NAE_ERA_R-30_Eesti_Riiklik_Spordiamet, lk 58
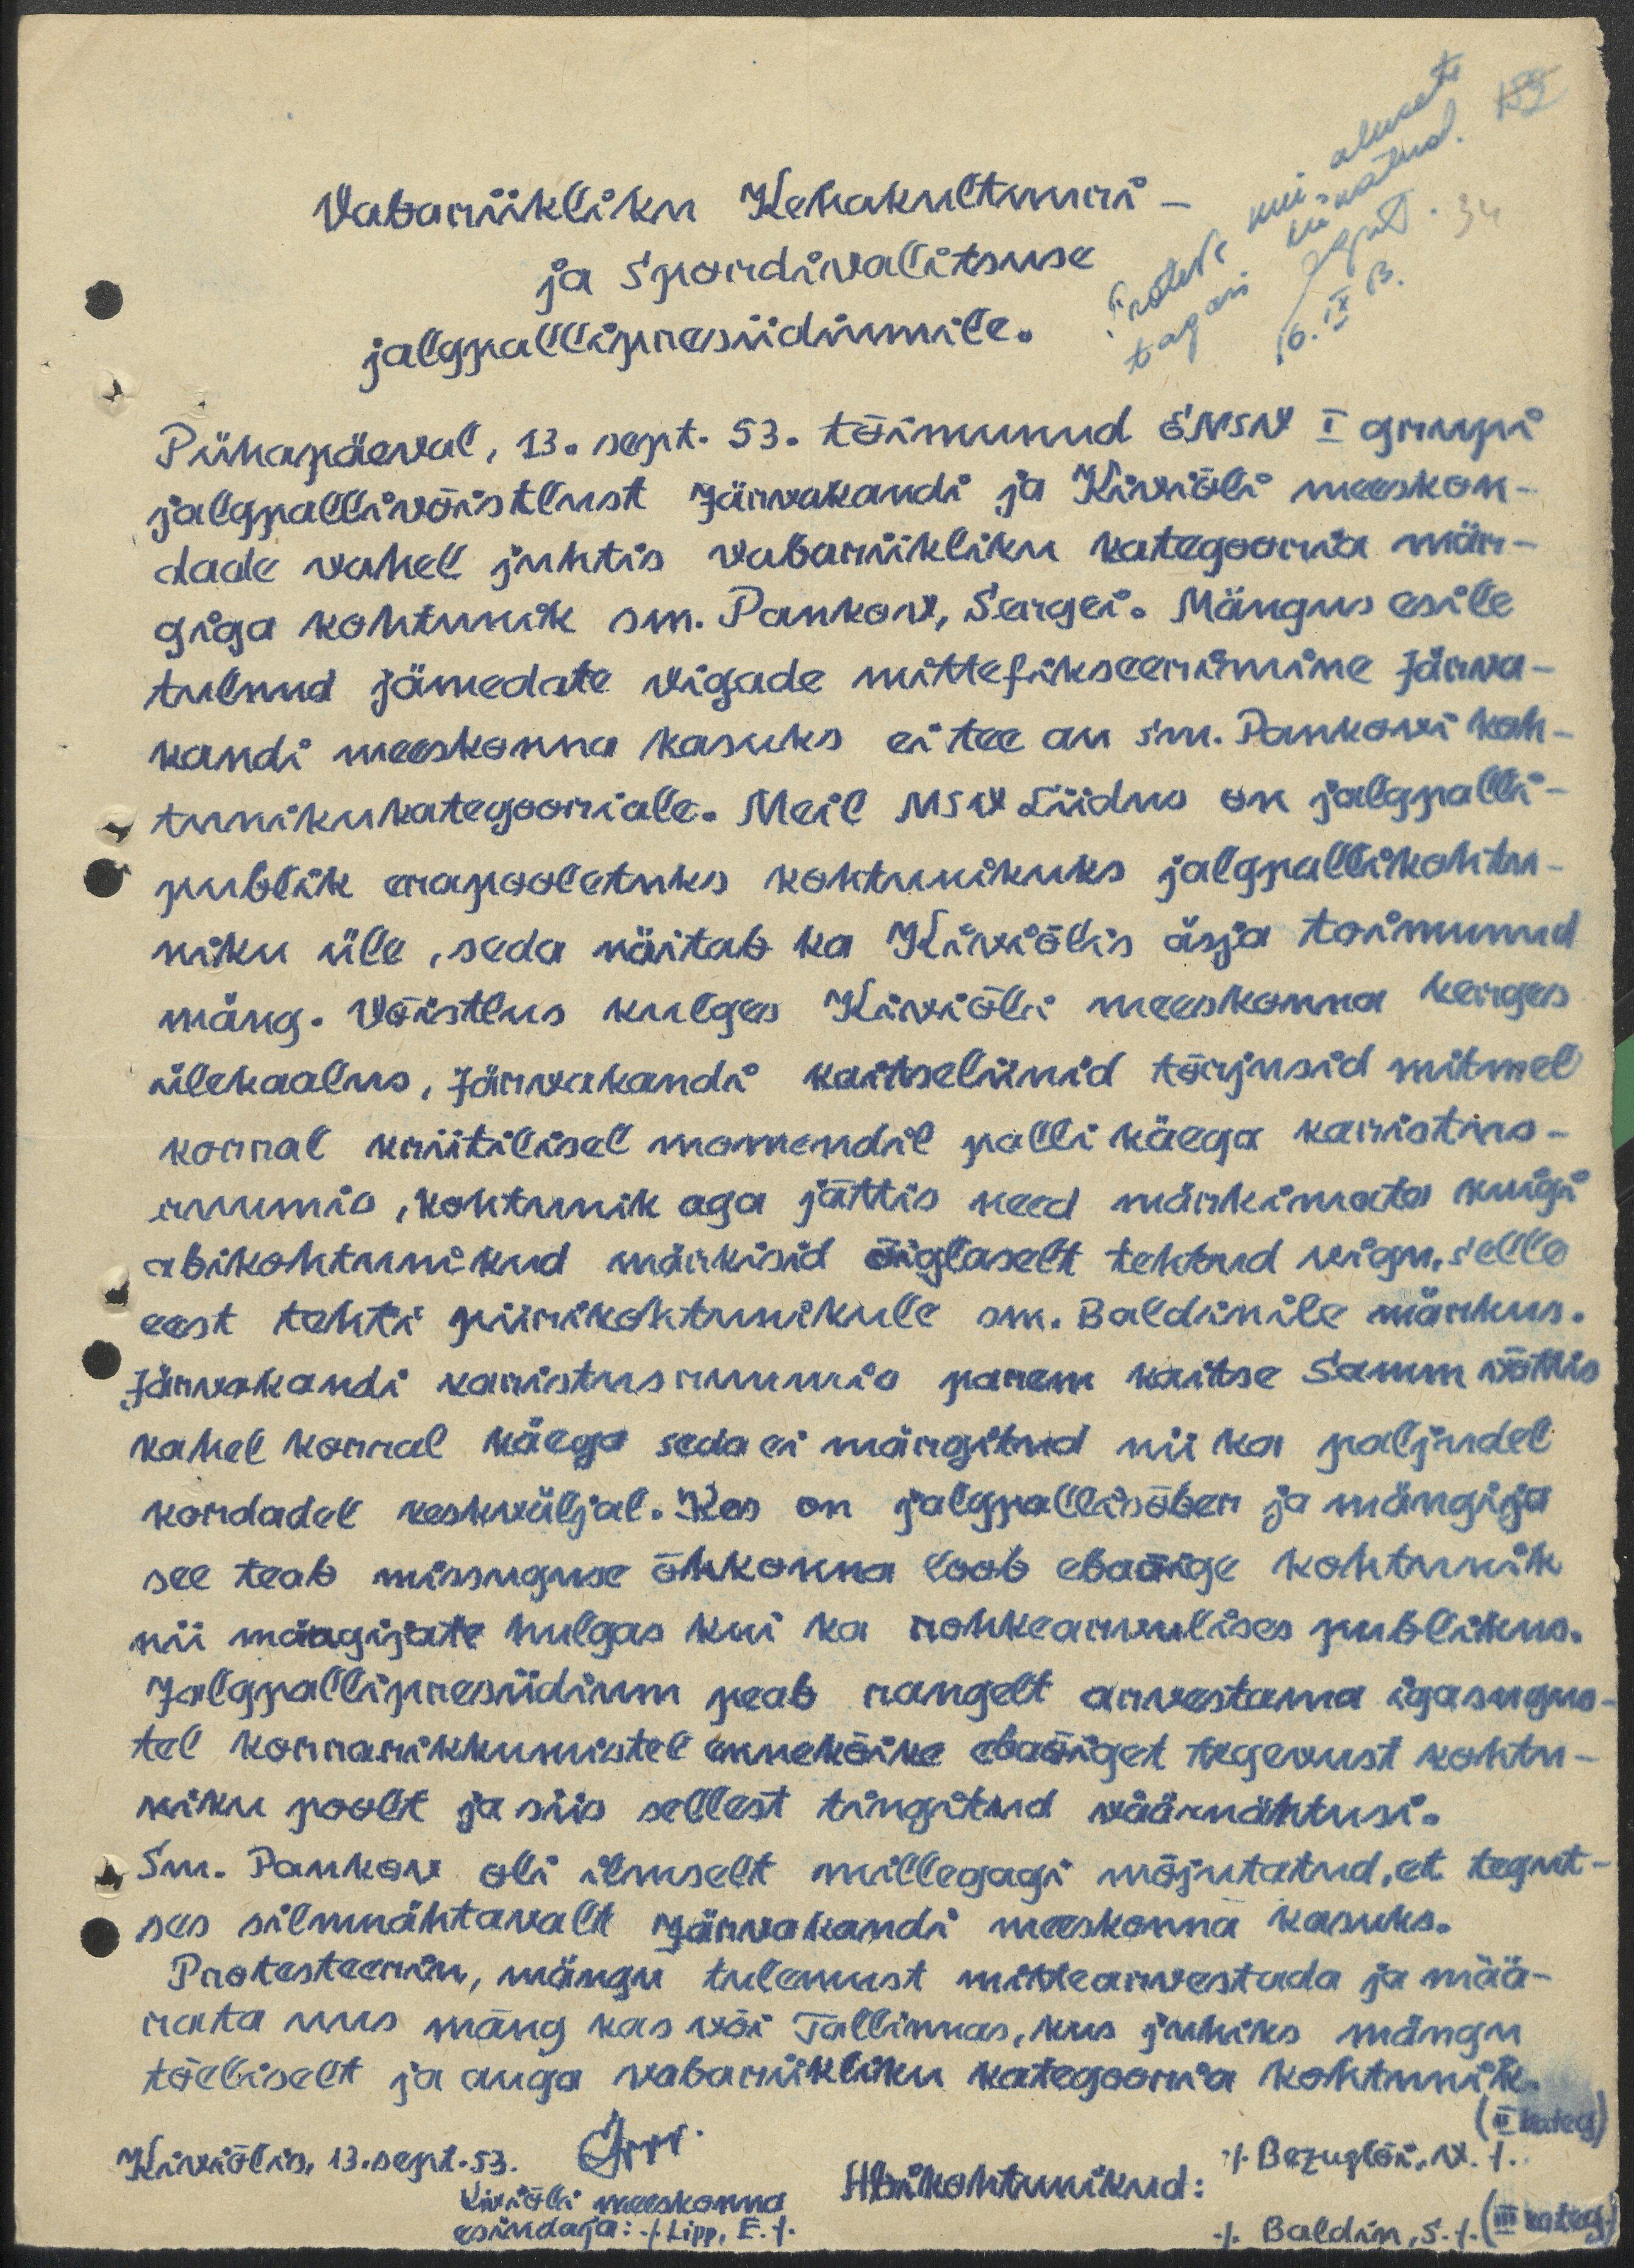
152
Vabariikliku Kehakultuuri-
34
ja Spordivalitsuse
jalgpallipresiidiumile.
Pühapäeval, 13. sept. 53. toimunud ENSV I grupi
jalgpallivõistlust Järvakandi ja Kiviõli meeskon-
dade vahel juhtis vabariikliku kategooria mär-
giga kohtunik sm. Pankov, Sergei. Mängus esile
tulnud jämedate vigade mittefikseerimine Järva-
kandi meeskonna kasuks ei tee au sm. Pankovi koh-
tunikukategooriale. Meil NSV Liidus on jalgpalli-
publik erapooletuks kohtunikuks jalgpallikohtu-
niku üle, seda näitab ka Kiviõlis äsja toimunud
mäng. Võistlus kulgas Kiviõli meeskonna kerges
ülekaalus, Järvakandi kaitseliinid tõrjusid mitmel
korral kriitilisel momendil palli käega karistus-
ruumis, kohtunik aga jättis need märkimata kuigi
abikohtunikud märkisid õiglaselt tehtud vigu, selle
eest tehti piirikohtunikule sm. Baldinile märkus.
Järvakandi karistusruumis parem kaitse Samm võttis
kahel korral käega seda ei märgitud nii ka paljudel
kordadel keskväljal. Kes on jalgpallisõber ja mängija
see teab missuguse õhkonna loob ebaõige kohtunik
nii mängijate hulgas kui ka rohkearvulises publikus.
Jalgpallipresiidium peab rangelt arvestama igasugus-
tel korrarikkumistel ennekõike ebaõiget tegevust kohtu-
niku poolt ja siis sellest tingitud väärnähtusi.
Sm. Pankov oli ilmselt millegagi mõjutatud, et tegut-
ses silmnähtavalt Järvakandi meeskonna kasuks.
Protesteerin, mängu tulemust mittearvestada ja mää-
rata uus mäng kas või Tallinnas, kus juhiks mängu
tõeliselt ja auga vabariikliku kategooria kohtunik.
II kateg)
Kiviõlis, 13.sept.53.
(Bezuglõi, N)
Abikohtunikud:
Kiviõli meeskonna
esindaja: (Lipp, E)
(Baldin, S) (III kateg.)